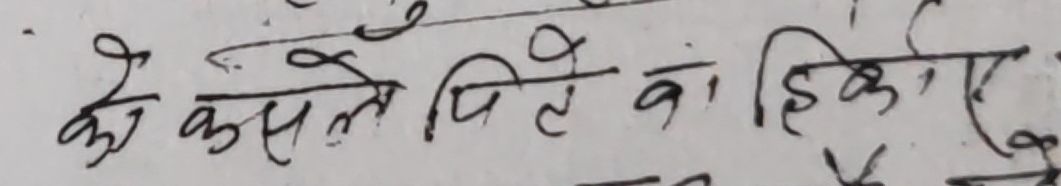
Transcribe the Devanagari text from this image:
के कसले पिते को हिक्के